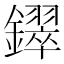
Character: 𫓚